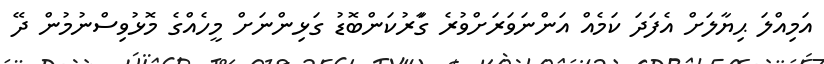
އަމިއްލަ ޙިޔާލަށް އެފަދަ ކަމެއް އަންނަވަރަށްވުރެ ގަާރުކަންބޮޑު ގަޅިންނަށް މީހެއްގެ މޮޅުވިސްނުމުން ދޭ